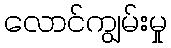
လောင်ကျွမ်းမှု